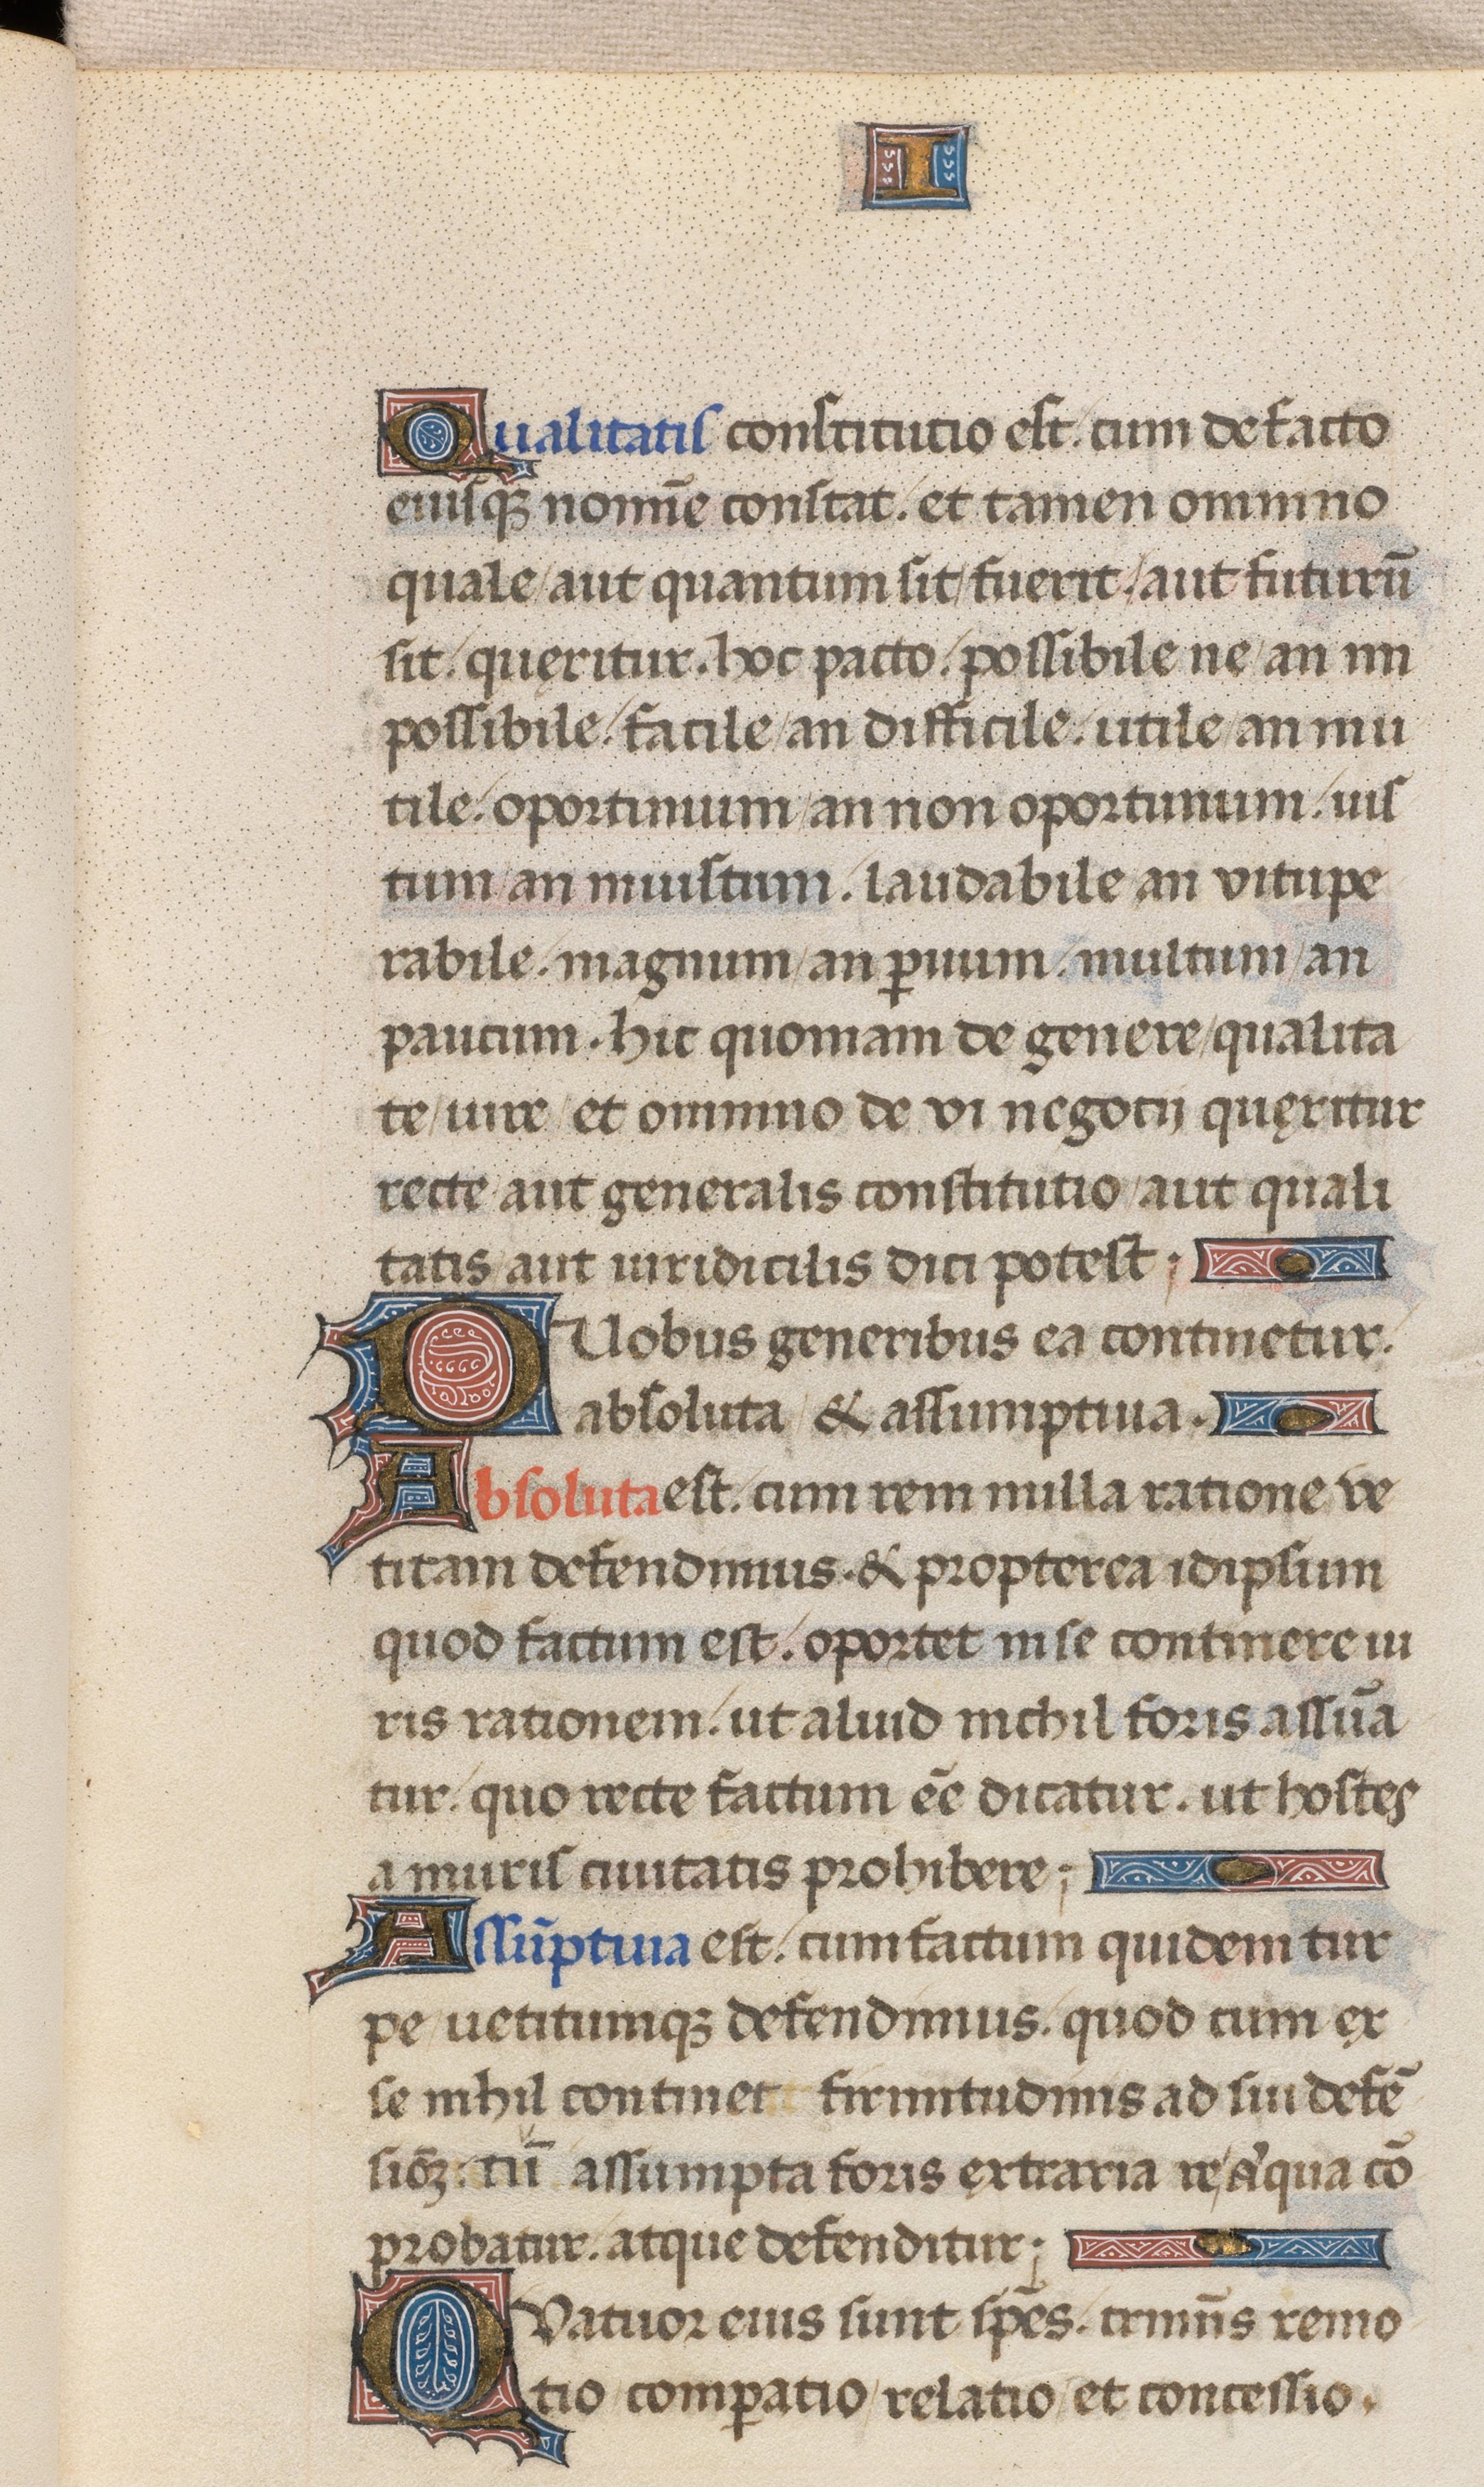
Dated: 1471–1471